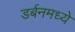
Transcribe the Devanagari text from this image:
डर्बनमध्ये